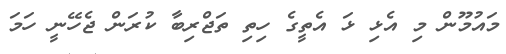
މައުމޫން މި އެޅި ޅަ އެތީގެ ހިތި ތަޖްރިބާ ކުރަން ޖެހޭނީ ހަމަ